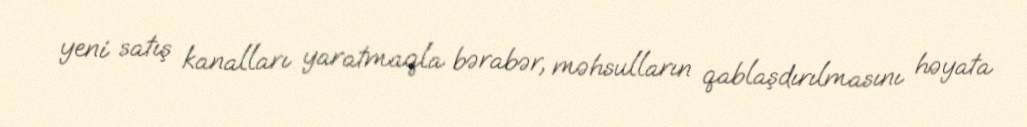
yeni satış kanalları yaratmaqla bərabər, məhsulların qablaşdırılmasını həyata